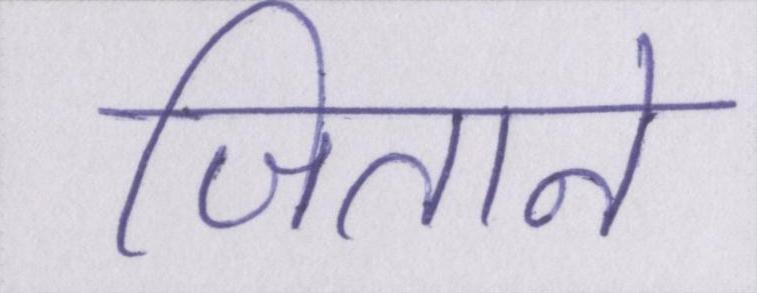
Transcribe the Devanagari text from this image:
जिताने